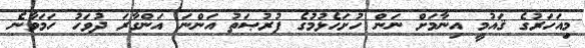
މިއަހަރުގެ ޤައުމީ އިނާމަށް ނަން ހުށަހެޅުމުގެ ފުރުޞަތު އަންނަ އަންގާރަ ދުވަހު ހަމަވާނެ